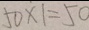
5 0 \times 1 = 5 0